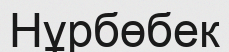
Нұрбөбек